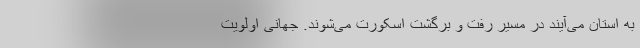
به استان می‌آیند در مسیر رفت و برگشت اسکورت می‌شوند. جهانی اولویت